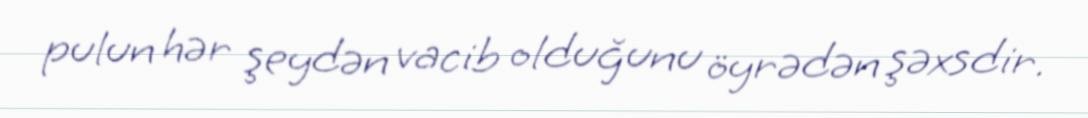
pulun hər şeydən vacib olduğunu öyrədən şəxsdir.